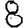
Digit: 8